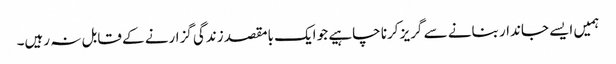
ہمیں ایسے جاندار بنانے سے گریز کرنا چاہیے جو ایک بامقصد زندگی گزارنے کے قابل نہ رہیں۔